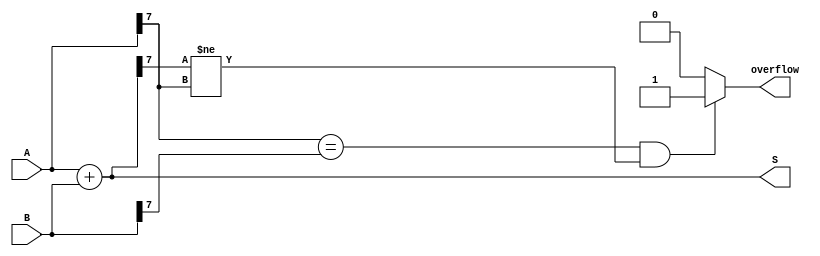
module ParameterizedAdder #(
    parameter N = 8  // Default bit-width is 8
)(
    input  [N-1:0] A,  // Operand A
    input  [N-1:0] B,  // Operand B
    output [N-1:0] S,  // Sum output
    output reg overflow // Overflow flag
);

// Behavioral description of the adder
assign S = A + B;

// Overflow handling
always @(*) begin
    if (A[N-1] == B[N-1] && S[N-1] != A[N-1]) begin
        overflow = 1'b1; // Set overflow if signs of A and B are the same but S has a different sign
    end else begin
        overflow = 1'b0; // No overflow
    end
end

endmodule